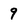
Character: 9